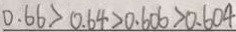
0 . 6 6 > 0 . 6 4 > 0 . 6 0 6 > 0 . 6 0 4